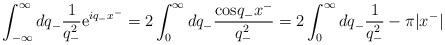
LaTeX: \begin{align*}\int_{-\infty}^{\infty}dq_-\frac{1}{q_-^2}{\rm e}^{iq_-x^-}=2\int_0^{\infty}dq_-\frac{{\rm cos}q_-x^-}{q_-^2}=2\int_0^{\infty}dq_-\frac{1}{q_-^2}-{\pi}|x^-|\end{align*}